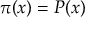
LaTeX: \pi ( x ) = P ( x )